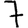
Digit: 7